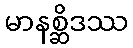
မာနစ္ဆိဒဿ